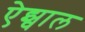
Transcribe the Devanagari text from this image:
ऐझ्वाल